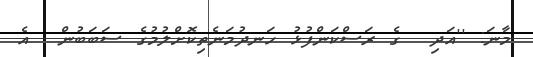
މާނަ: ''އަދި  ގެ ރަސްކަންފުޅު ހަނދުމަނެތިކޮށްލުމުގެ ސަބަބުން  އެ